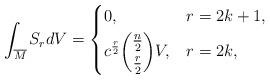
LaTeX: \begin{align*} \int_{\overline{M}}S_{r}dV=\begin{dcases}0, & r=2k+1, \\c^{\frac{r}{2}}\dbinom{\frac{n}{2}}{\frac{r}{2}}V, & r=2k,\end{dcases} \end{align*}